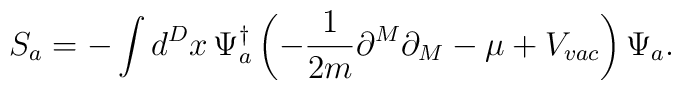
S_{a}=-\int d^{D}x\,\Psi _{a}^{\dagger }\left( -\frac{1}{2m}\partial^{M}\partial _{M}-\mu +V_{vac}\right) \Psi _{a}.